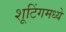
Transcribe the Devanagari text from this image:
शूटिंगमध्ये